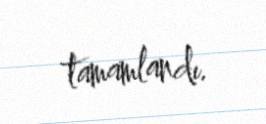
tamamlandı.